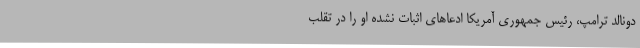
دونالد ترامپ، رئیس جمهوری آمریکا ادعاهای اثبات نشده او را در تقلب